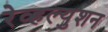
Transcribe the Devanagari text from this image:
रेव्हल्युशन